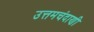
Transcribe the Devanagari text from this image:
उत्तमचंदाणी